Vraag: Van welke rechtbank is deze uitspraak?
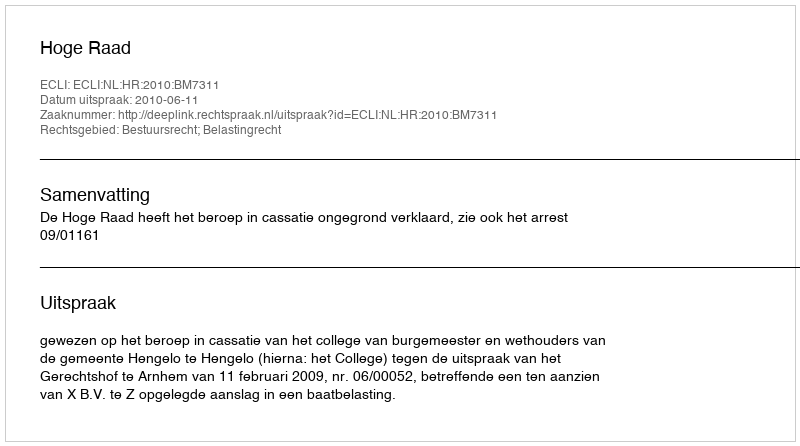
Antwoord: Hoge Raad